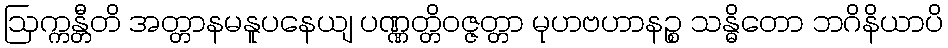
ဩက္ကန္တီတိ အတ္တာနမနူပနေယျ ပဏ္ဏတ္တိဝဇ္ဇတ္တာ မုဟဗဟာနဉ္စ သန္ဓိတော ဘဂိနိယာပိ